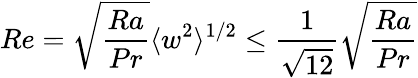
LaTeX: Re=\sqrt{\frac{Ra}{Pr}}\langle w^{2}\rangle^{1/2}\leq\frac{1}{\sqrt{12}}\sqrt{\frac{Ra}{Pr}}